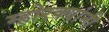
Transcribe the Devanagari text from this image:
म्होरक्‍यांनी